Report on plague and inoculation in the Punjab from October 1st ... to September 30th..., being the ... season of plague in the province
Disease focus: Plague
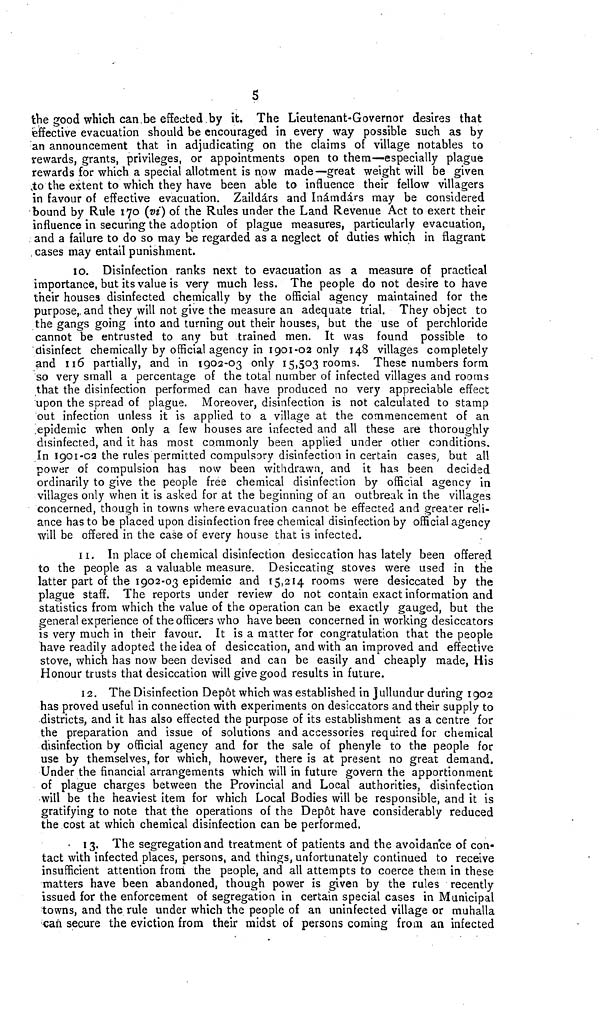
5
the good which can be effected by it. The Lieutenant-Governor desires that
effective evacuation should be encouraged in every way possible such as by
an announcement that in adjudicating on the claims of village notables to
rewards, grants, privileges, or appointments open to them—especially plague
rewards for which a special allotment is now made—great weight will be given
to the extent to which they have been able to influence their fellow villagers
in favour of effective evacuation. Zaildárs and Inámdárs may be considered
bound by Rule 170 (vi) of the Rules under the Land Revenue Act to exert their
influence in securing the adoption of plague measures, particularly evacuation,
and a failure to do so may be regarded as a neglect of duties which in flagrant
cases may entail punishment.
10. Disinfection ranks next to evacuation as a measure of practical
importance, but its value is very much less. The people do not desire to have
their houses disinfected chemically by the official agency maintained for the
purpose, and they will not give the measure an adequate trial. They object to
the gangs going into and turning out their houses, but the use of perchloride
cannot be entrusted to any but trained men. It was found possible to
disinfect chemically by official agency in 1901-02 only 148 villages completely
and 116 partially, and in 1902-03 only 15,503 rooms. These numbers form
so very small a percentage of the total number of infected villages and rooms
that the disinfection performed can have produced no very appreciable effect
upon the spread of plague. Moreover, disinfection is not calculated to stamp
out infection unless it is applied to a village at the commencement of an
epidemic when only a few houses are infected and all these are thoroughly
disinfected, and it has most commonly been applied under other conditions.
In 1901-02 the rules permitted compulsory disinfection in certain cases, but all
power of compulsion has now been withdrawn, and it has been decided
ordinarily to give the people free chemical disinfection by official agency in
villages only when it is asked for at the beginning of an outbreak in the villages
concerned, though in towns where evacuation cannot be effected and greater reli-
ance has to be placed upon disinfection free chemical disinfection by official agency
will be offered in the case of every house that is infected.
11. In place of chemical disinfection desiccation has lately been offered
to the people as a valuable measure. Desiccating stoves were used in the
latter part of the 1902-03 epidemic and 15,214 rooms were desiccated by the
plague staff. The reports under review do not contain exact information and
statistics from which the value of the operation can be exactly gauged, but the
general experience of the officers who have been concerned in working desiccators
is very much in their favour. It is a matter for congratulation that the people
have readily adopted the idea of desiccation, and with an improved and effective
stove, which has now been devised and can be easily and cheaply made, His
Honour trusts that desiccation will give good results in future.
12. The Disinfection Depot which was established in Jullundur during 1902
has proved useful in connection with experiments on desiccators and their supply to
districts, and it has also effected the purpose of its establishment as a centre for
the preparation and issue of solutions and accessories required for chemical
disinfection by official agency and for the sale of phenyle to the people for
use by themselves, for which, however, there is at present no great demand.
Under the financial arrangements which will in future govern the apportionment
of plague charges between the Provincial and Local authorities, disinfection
will be the heaviest item for which Local Bodies will be responsible, and it is
gratifying to note that the operations of the Depôt have considerably reduced
the cost at which chemical disinfection can be performed.
13. The segregation and treatment of patients and the avoidance of con-
tact with infected places, persons, and things, unfortunately continued to receive
insufficient attention from the people, and all attempts to coerce them in these
matters have been abandoned, though power is given by the rules recently
issued for the enforcement of segregation in certain special cases in Municipal
towns, and the rule under which the people of an uninfected village or muhalla
can secure the eviction from their midst of persons coming from an infected